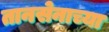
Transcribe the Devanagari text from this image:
तानसेनाच्या